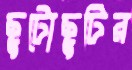
ছুটোছুটির